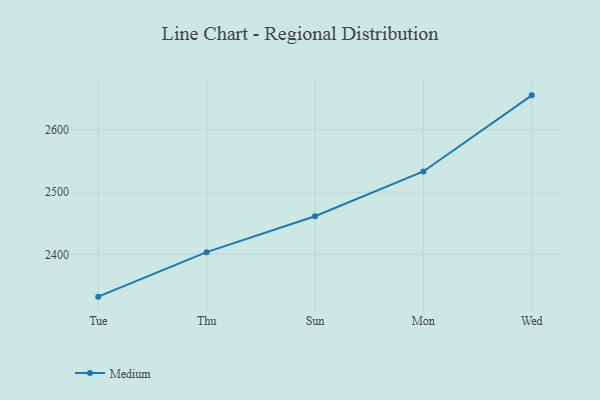
{"axis": {"x": "Day", "y": "Market Share (%)"}, "legend": ["Medium"], "data": [{"x": "Tue", "y": 2332.0, "type": "Medium"}, {"x": "Thu", "y": 2403.5, "type": "Medium"}, {"x": "Sun", "y": 2461.3, "type": "Medium"}, {"x": "Mon", "y": 2533.2, "type": "Medium"}, {"x": "Wed", "y": 2655.5, "type": "Medium"}]}